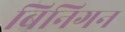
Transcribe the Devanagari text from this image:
बिनिगन